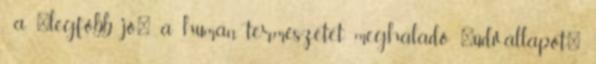
, a "legfőbb jó", a humán természetet meghaladó "üdv-állapot"